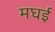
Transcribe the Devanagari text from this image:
मघई